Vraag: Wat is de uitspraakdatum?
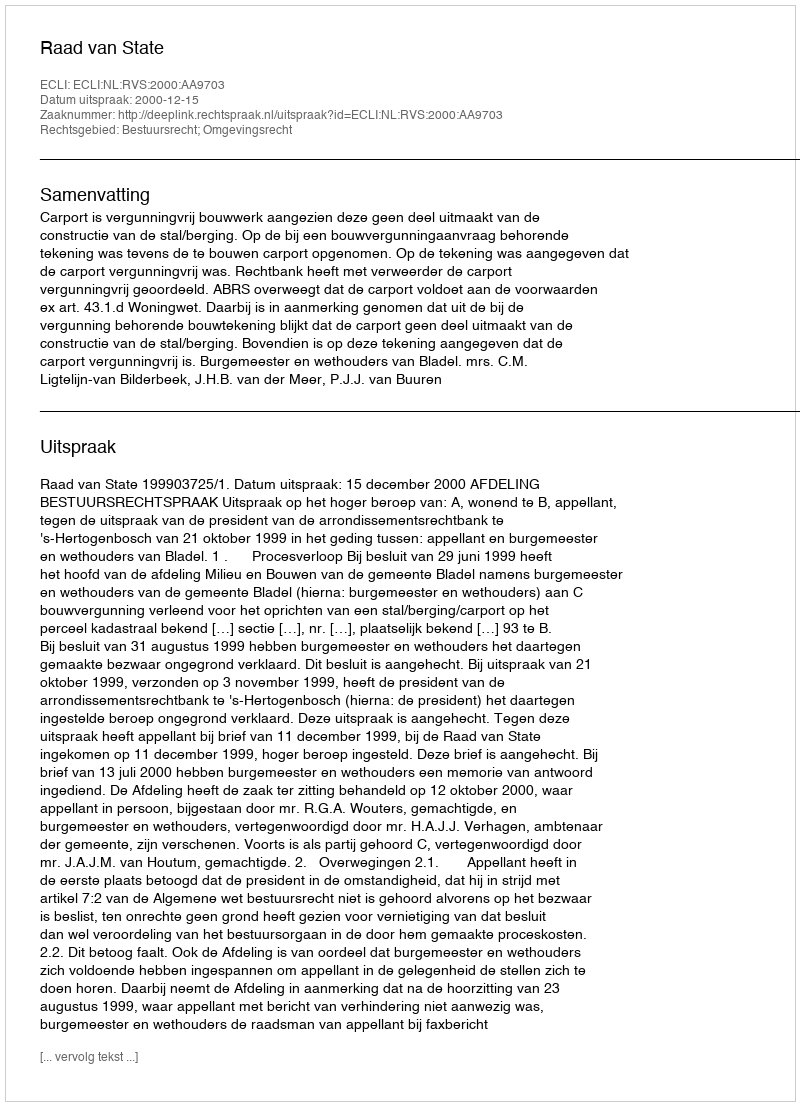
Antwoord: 2000-12-15